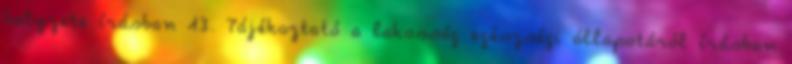
helyzete írásban 13. Tájékoztató a lakosság egészségi állapotáról írásban